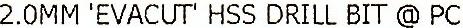
2.0MM 'EVACUT' HSS DRILL BIT @ PC